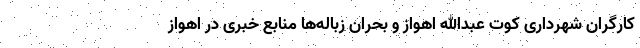
کارگران شهرداری کوت عبدالله اهواز و بحران زباله‌ها منابع خبری در اهواز